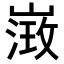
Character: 𡻶